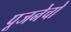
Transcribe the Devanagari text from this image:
पूजनेचो